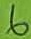
Text: 6